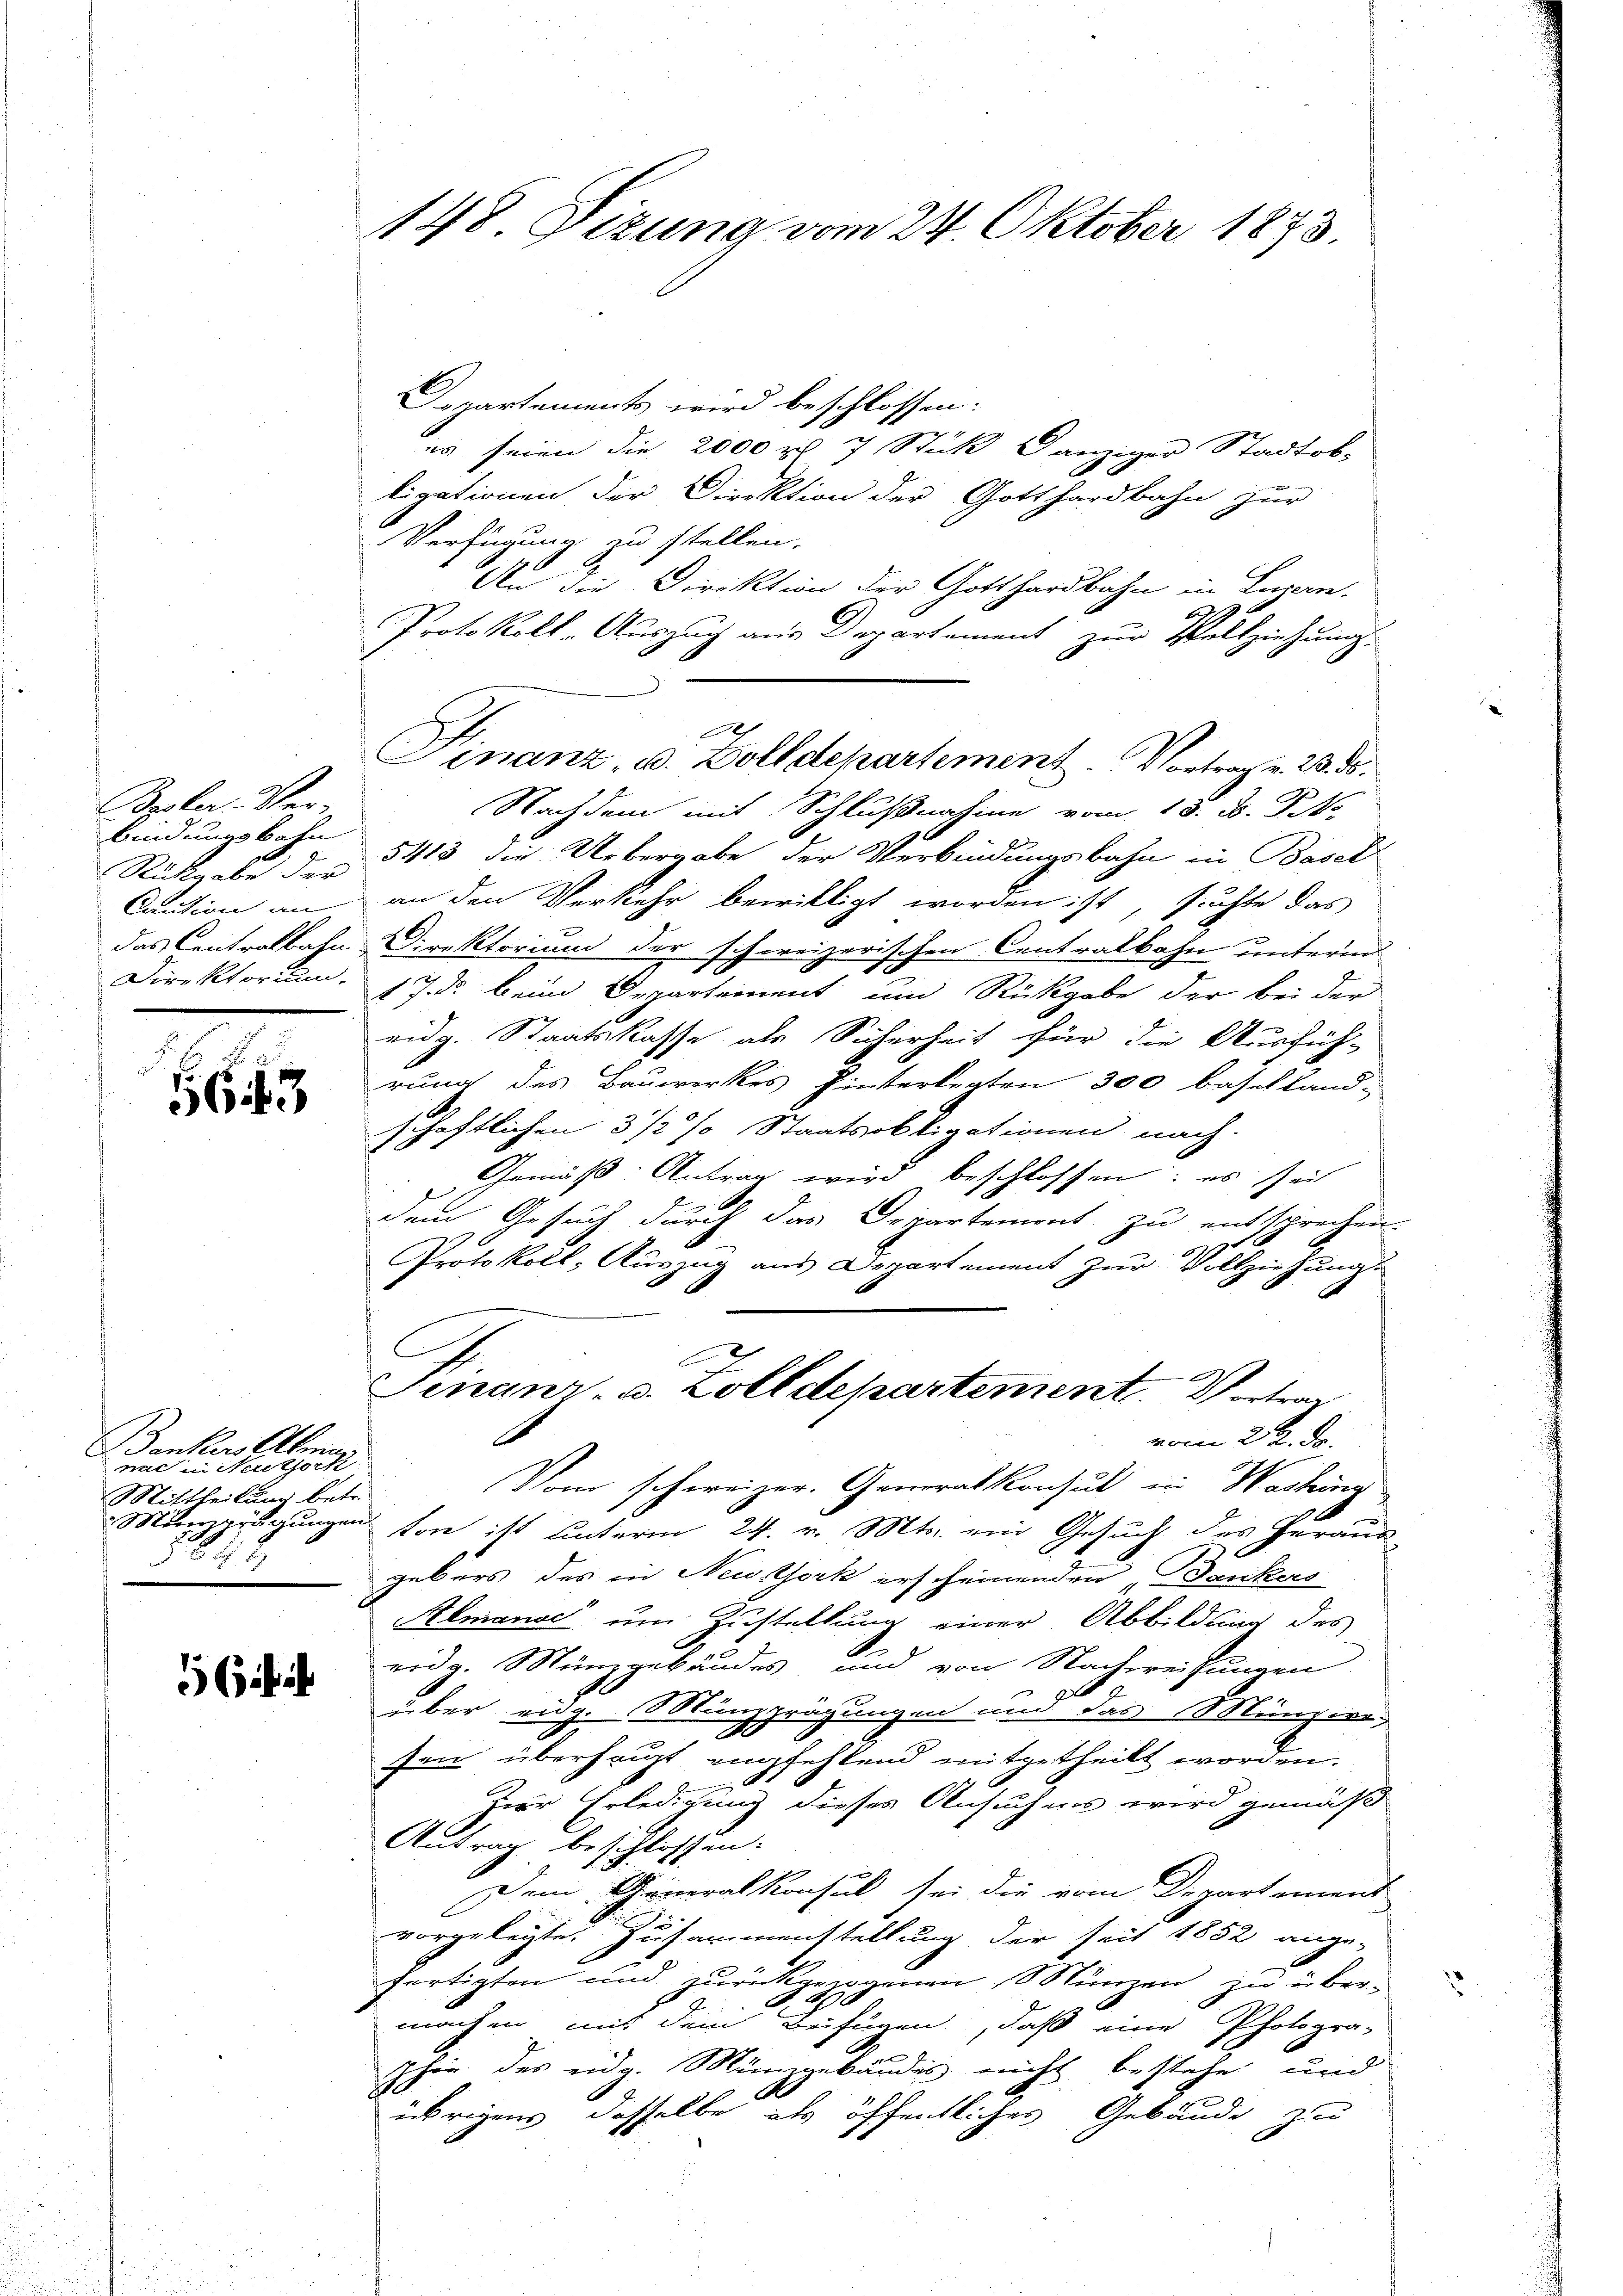
Peler. Ver
bindungsbahn |
Rückgabe der
Direktorium,

d
363

Bankers Allein
nac in Neuböck
Mittheilung betr.
Münzprägungen
824.

ich ih

Departements wird beschlossen:
es seien die 2000 x 7 Stück Ganziger Stadtob.
ligationen der Direktion der Gotthardbahn zur
Verfügung zu stellen.
Au die Direktion der Gotthardbahn in Luzern.
f
Protokoll-Auszug aus Departement zur Vollziehung
Nachdem mit Schlußnahme vom 13. B. Pit
5413 die Uebergabe der Verbindungsbahn in Basel
Caution an an den Verkehr bewilligt worden ist, suchte das
das Centralbahn-Direktorium der schweizerischen Centralbahn unterm
17. ds. beim Departement und Rückgabe der bei der
eidg. Staatskasse als Sicherheit für die Ausfüh-
rung des Bauwerkes hinterlegten 300 baselland-
schaftlichen 3 1/2 % Staatsobligationen nach.
Gemäß Antrag wird beschlossen: es seit
dem Gesuch durch das Departement zu entsprechen
Protokoll, Auszug aus Departement zur Vollziehung
C
Finanz- v. Zolldepartement Vertra
A
vom 22. Dr.
Vom schweizer. Generalkonsul in Washing
ton ist unterm 24. v. Mts. ein Gesuch des Heraus
gebers des in Newsthork erscheinenden „Dankers
Almanac um Zustellung einer Abbildung des
eidg. Münzgebäudes, und von Nachweisungen
über eidg. Münzprägungen und das Münzwe
sen überhaupt empfehlend mitgetheilt worden.
zur Erledigung dieses Ansuchens wird gemäß
Antrag beschlossen.
Dem Generalkonsul sei die vom Departement
vorgelegte. Zusammenstellung der seit 1852 ange-
fertigten und zurückgewogenen Münzen zu über-
288
A
machen mit dem Beifügen, daß eine Photogra-
Thin des eidg. Münzgebundes nicht bestehe, und
.
übrigens dasselbe als öffentliches Gebäude zu

148. Sizung vom 24. Oktober 1873.

Al
Finanz, u. Zolldepartement. Vortrag v. 23. ds.